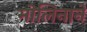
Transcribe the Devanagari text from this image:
मोलिनाने